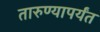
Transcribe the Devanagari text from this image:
तारुण्यापर्यंत